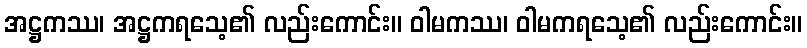
အဋ္ဌကဿ၊ အဋ္ဌကရသေ့၏ လည်းကောင်း။ ဝါမကဿ၊ ဝါမကရသေ့၏ လည်းကောင်း။